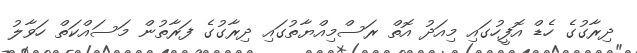
ދިރާގުގެ ހެޑް އޮފީހުގައި މިއަދު އޮތް ރަސްމިއްޔާތުގައި ދިރާގުގެ ފަރާތުން މަސައްކަތް ހަވާލު